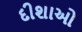
દીશાઓ